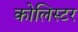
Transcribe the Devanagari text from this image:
कोलिस्टर